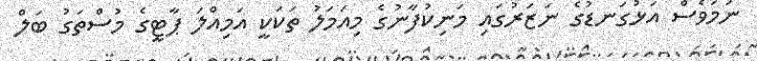
ނަމަވެސް އަޅުގަނޑުގެ ނަޒަރުގައި މަނިކުފާނުގެ މިއަމަލު ތަކަކީ އަމިއްލަ ޕާޓީގެ މުސްތަގު ބަލް